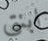
ابنتى